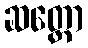
ဆတ္တော